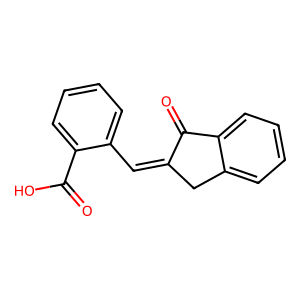
SMILES: O=C(O)c1ccccc1C=C1Cc2ccccc2C1=O
Inhibits HIV replication: No